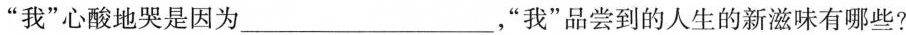
”我”心酸地哭是因为_，”我”品尝到的人生的新滋味有哪些?